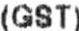
(GST)